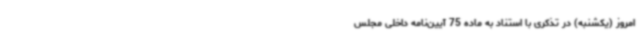
امروز (یکشنبه) در تذکری با استناد به ماده 75 آیین‌نامه داخلی مجلس